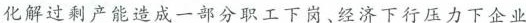
化解过剩产能造成一部分职工下岗、经济下行压力下企业